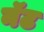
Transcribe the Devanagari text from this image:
नॅट